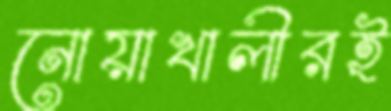
নোয়াখালীরই